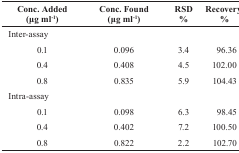
<table><thead><tr><td><b>Conc. Added (μg ml<sup>-1</sup>)</b></td><td><b>Conc. Found (μg ml<sup>-1</sup>)</b></td><td><b>RSD %</b></td><td><b>Recoverya %</b></td></tr></thead><tbody><tr><td colspan="4">Inter-assay</td></tr><tr><td>0.1</td><td>0.096</td><td>3.4</td><td>96.36</td></tr><tr><td>0.4</td><td>0.408</td><td>4.5</td><td>102.00</td></tr><tr><td>0.8</td><td>0.835</td><td>5.9</td><td>104.43</td></tr><tr><td colspan="4">Intra-assay</td></tr><tr><td>0.1</td><td>0.098</td><td>6.3</td><td>98.45</td></tr><tr><td>0.4</td><td>0.402</td><td>7.2</td><td>100.50</td></tr><tr><td>0.8</td><td>0.822</td><td>2.2</td><td>102.70</td></tr></tbody></table>